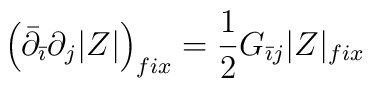
\left(\bar\partial_{\bar\imath}\partial_j |Z| \right)_{fix}= \frac{1}{2}G_{\bar \imath j}|Z|_{fix}